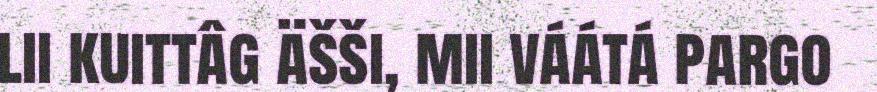
lii kuittâg äšši, mii váátá pargo